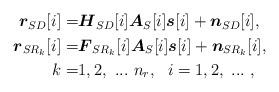
LaTeX: \begin{align*}\begin{aligned}{\boldsymbol r}_{SD}[i] =& {\boldsymbol H}_{SD}[i]{\boldsymbol A}_S[i]{\boldsymbol s}[i] + {\boldsymbol n}_{SD}[i],\\{\boldsymbol r}_{{SR}_{k}}[i] =& {\boldsymbol F}_{SR_{k}}[i]{\boldsymbol A}_S[i]{\boldsymbol s}[i] + {\boldsymbol n}_{SR_k}[i],\\ k =& 1,2,~...~ n_{r}, ~~i = 1,2,~...~,\end{aligned}\end{align*}